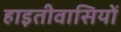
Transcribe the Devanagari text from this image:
हाइतीवासियों